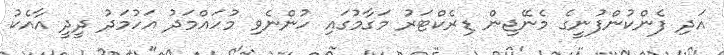
އަދި ފެންކުންފުނީގެ މެނޭޖިން ޑިރެކްޓަރު މަގާމުގައި ހުންނެވި މުހައްމަދު އަހުމަދު ދީދީ އާއެކު